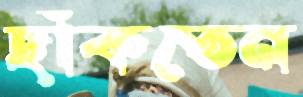
ছাঁকতেন